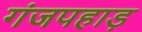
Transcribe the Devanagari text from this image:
गंजपहाड़